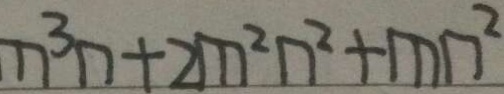
n ^ { 3 } n + 2 m ^ { 2 } n ^ { 2 } + m n ^ { 2 }